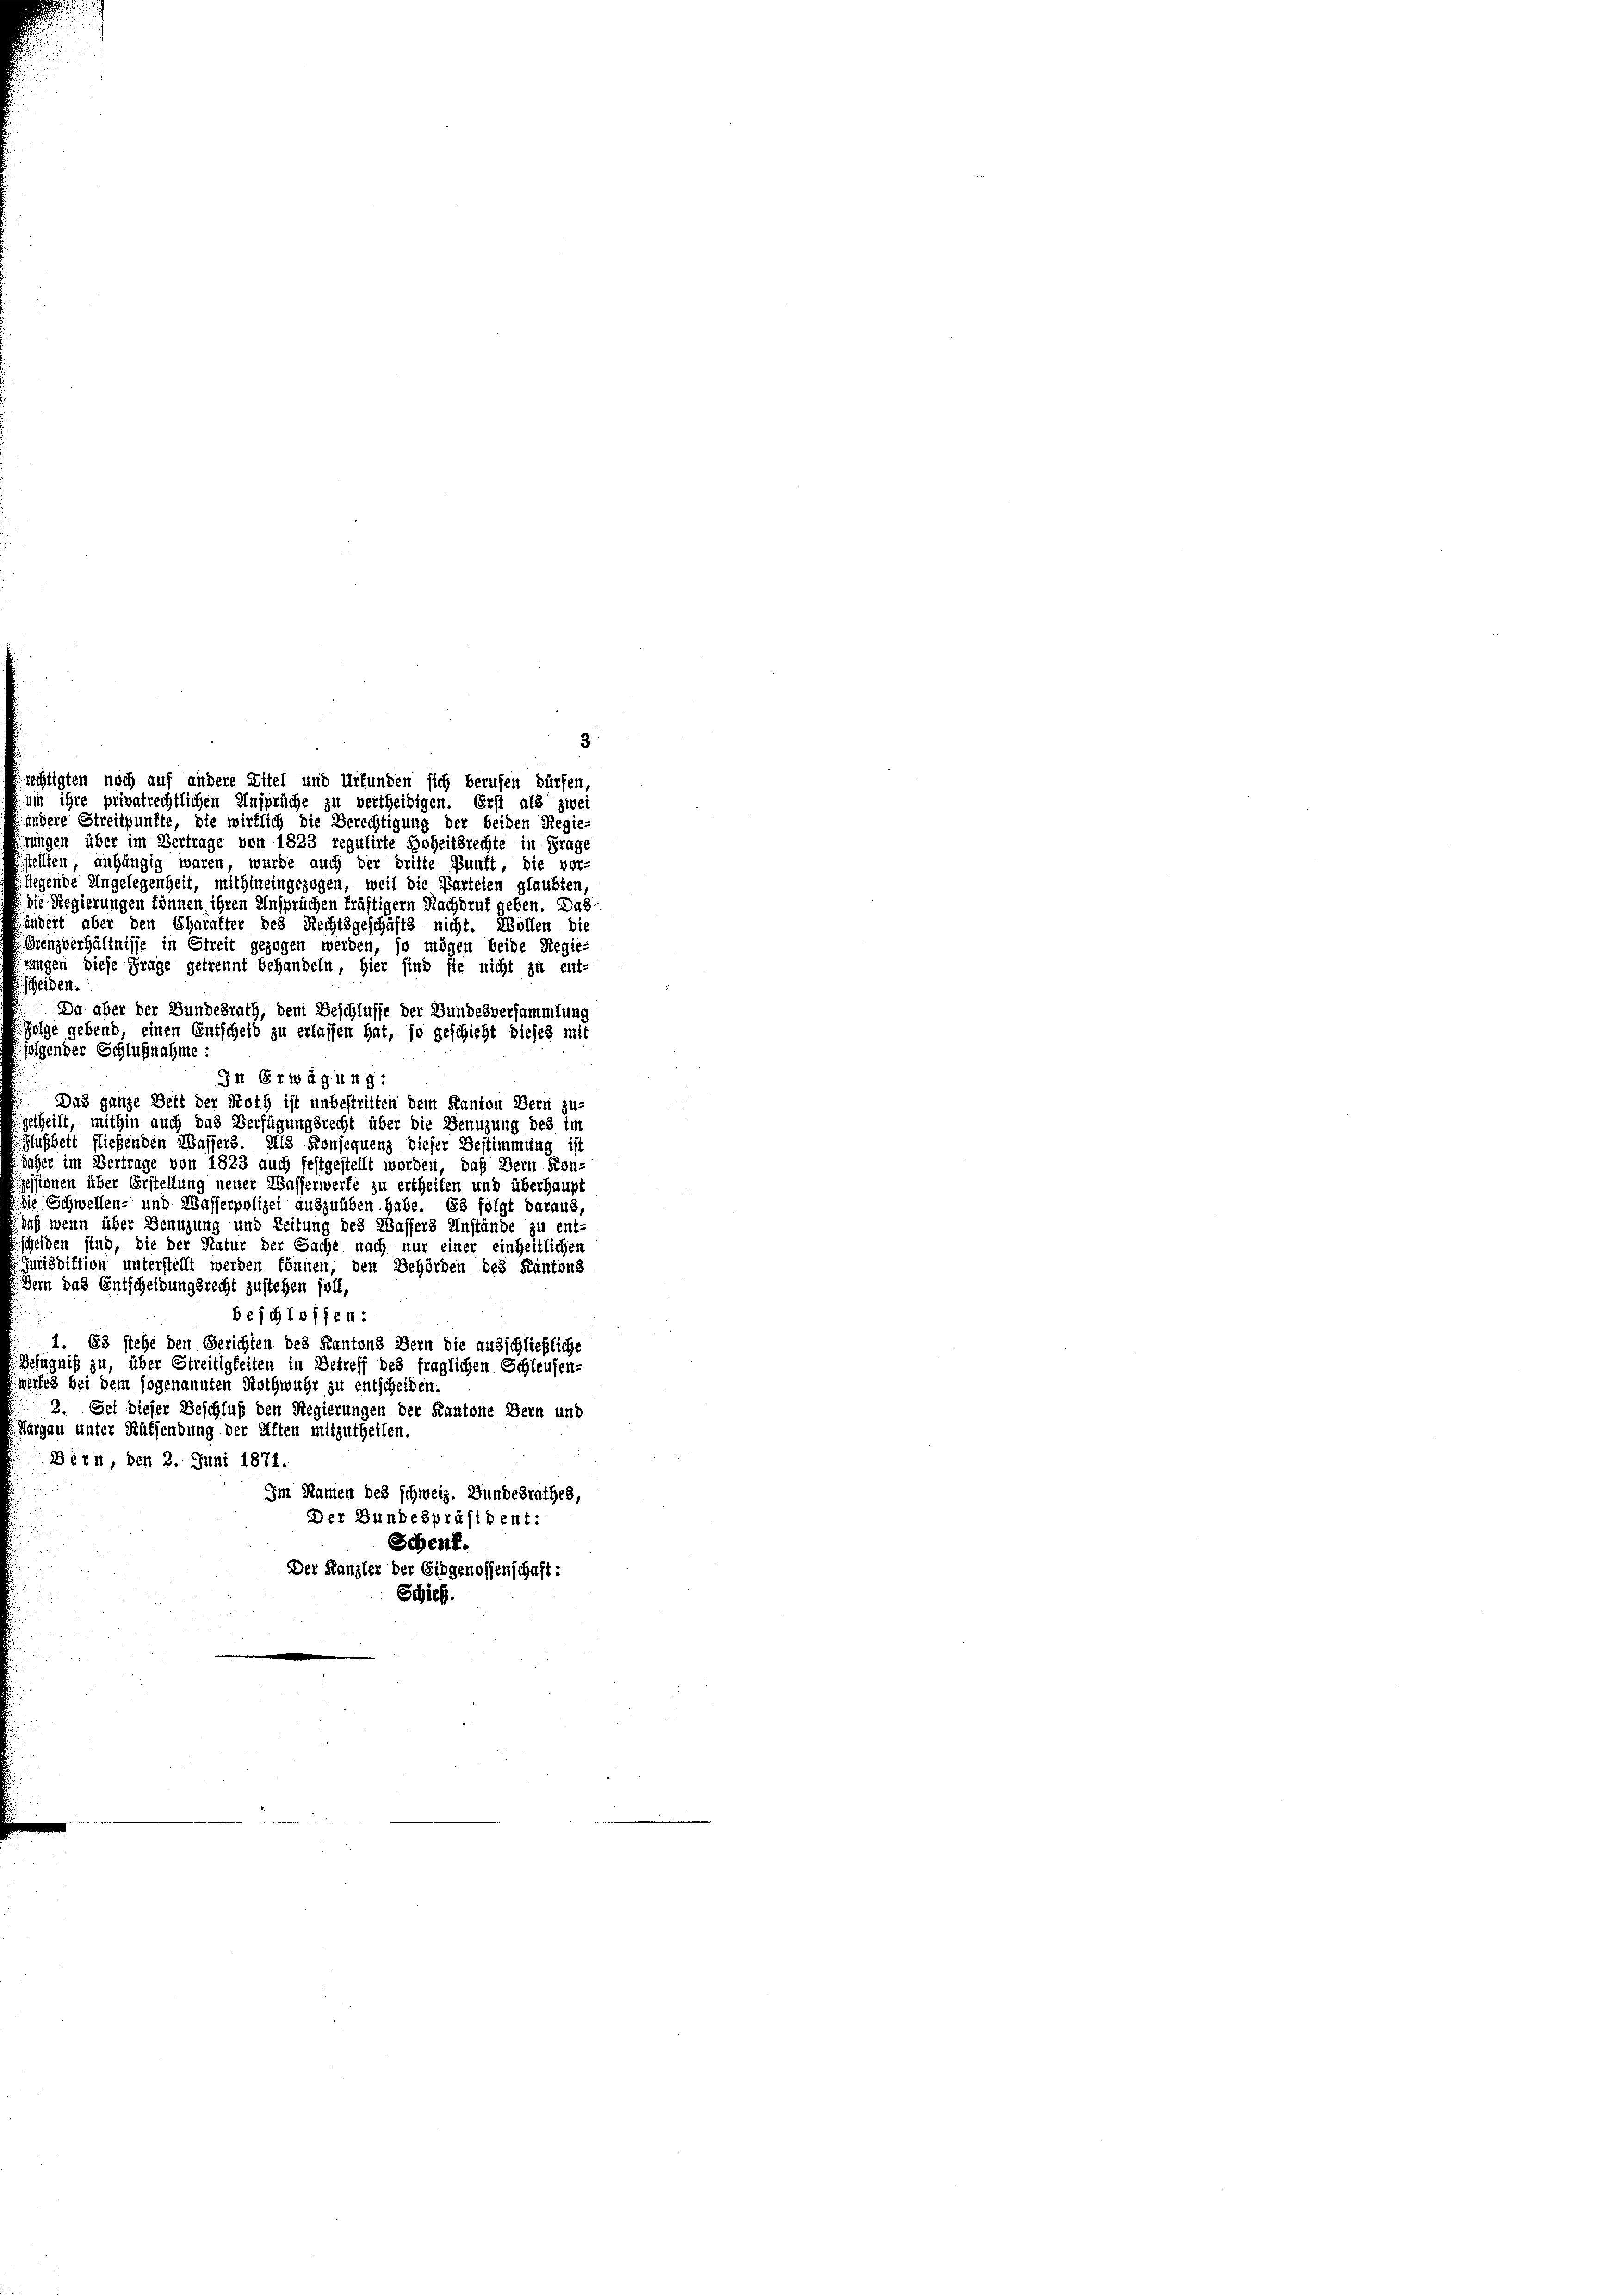
3
rechtigten noch auf andere Zitel und Urfunden sich berufen dürfen,
um ihre privatrechtlichen Ansprüche zu vertheiligen. Erst als zwei

andere Streitpunkte, die wirklich die Berechtigung der beiden Regie-
ungen über im Vertrage von 1823 regulirte Hoheitsrechte in Frage
stellten, anhängig waren, wurde auch der dritte Bunft, die vor-
legende Angelegenheit, mithineingezogen, weil die Parteien glaubten
die Regierungen können ihren Ansprüchen kräftiger Nachdruf geben. Das
ändert aber den Charakter des Rechtsgeschäfts nicht. Wollen die
Grenzverhältnisse in Streit gezogen werden, so mögen beide Regietungen diese Frage getrennt behandeln, hier sind sie nicht zu ent-
scheiden.
Da aber der Bundesrath, dem Beschlusse der Bundesversammlung
folge gebend, einen Entscheid zu erlassen hat, so geschieht dieses mit
digender Schlußnahme:
In Erwägung:
Das ganze Bett der Noth ist unbestritten dem Kanton Bern zu-
etheilt, mithin auch das Verfügungsrecht über die Benuzung des im
Glußbett fließenden Wassers. Als Konsequenz dieser Bestimmung ist
aher im Vertrage von 1823 auch festgestellt worden, daß Bern Kon-
essionen über Erstellung neuer Wasserwerfe zu ertheilen und überhaupt
die Schwellen- und Wasserpolizei auszuüben habe. Es folgt daraus,
daß wenn über Genuzung und Zeitung des Wassers Anstände zu ent-
Heiden sind, die der Natur der Sache nach nur einer einheitlichen
Jurisdiktion unterstellt werden können, den Behörden des Kantons
dern das Entscheidungsrecht zustehen soll,
beschlossen:
1. 63 stehe den Gerichten des Kantons Bern die ausschließliche
efugniß zu, über Streitigkeiten in Betreff des fraglichen Schleusen-
erfes bei dem sogenannten Nothwuhr zu entscheiden.
2. Sei dieser Beschluß den Regierungen der Kantone Bern und
argau unter Rüffendung der Elften mitzutheilen.
Bern, den 2. Juni 1871.
Im Namen des schweiz. Bundesrathes,
Der Bundespräsident:
Schenf.
Der Kanzler der Eidgenossenschaft:
Schick.